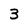
Character: 3